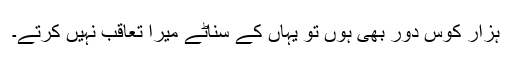
ہزار کوس دور بھی ہوں تو یہاں کے سناٹے میرا تعاقب نہیں کرتے۔